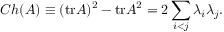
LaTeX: C h ( A ) \equiv ( \mathrm { t r } A ) ^ { 2 } - \mathrm { t r } A ^ { 2 } = 2 \sum _ { i < j } \lambda _ { i } \lambda _ { j } .